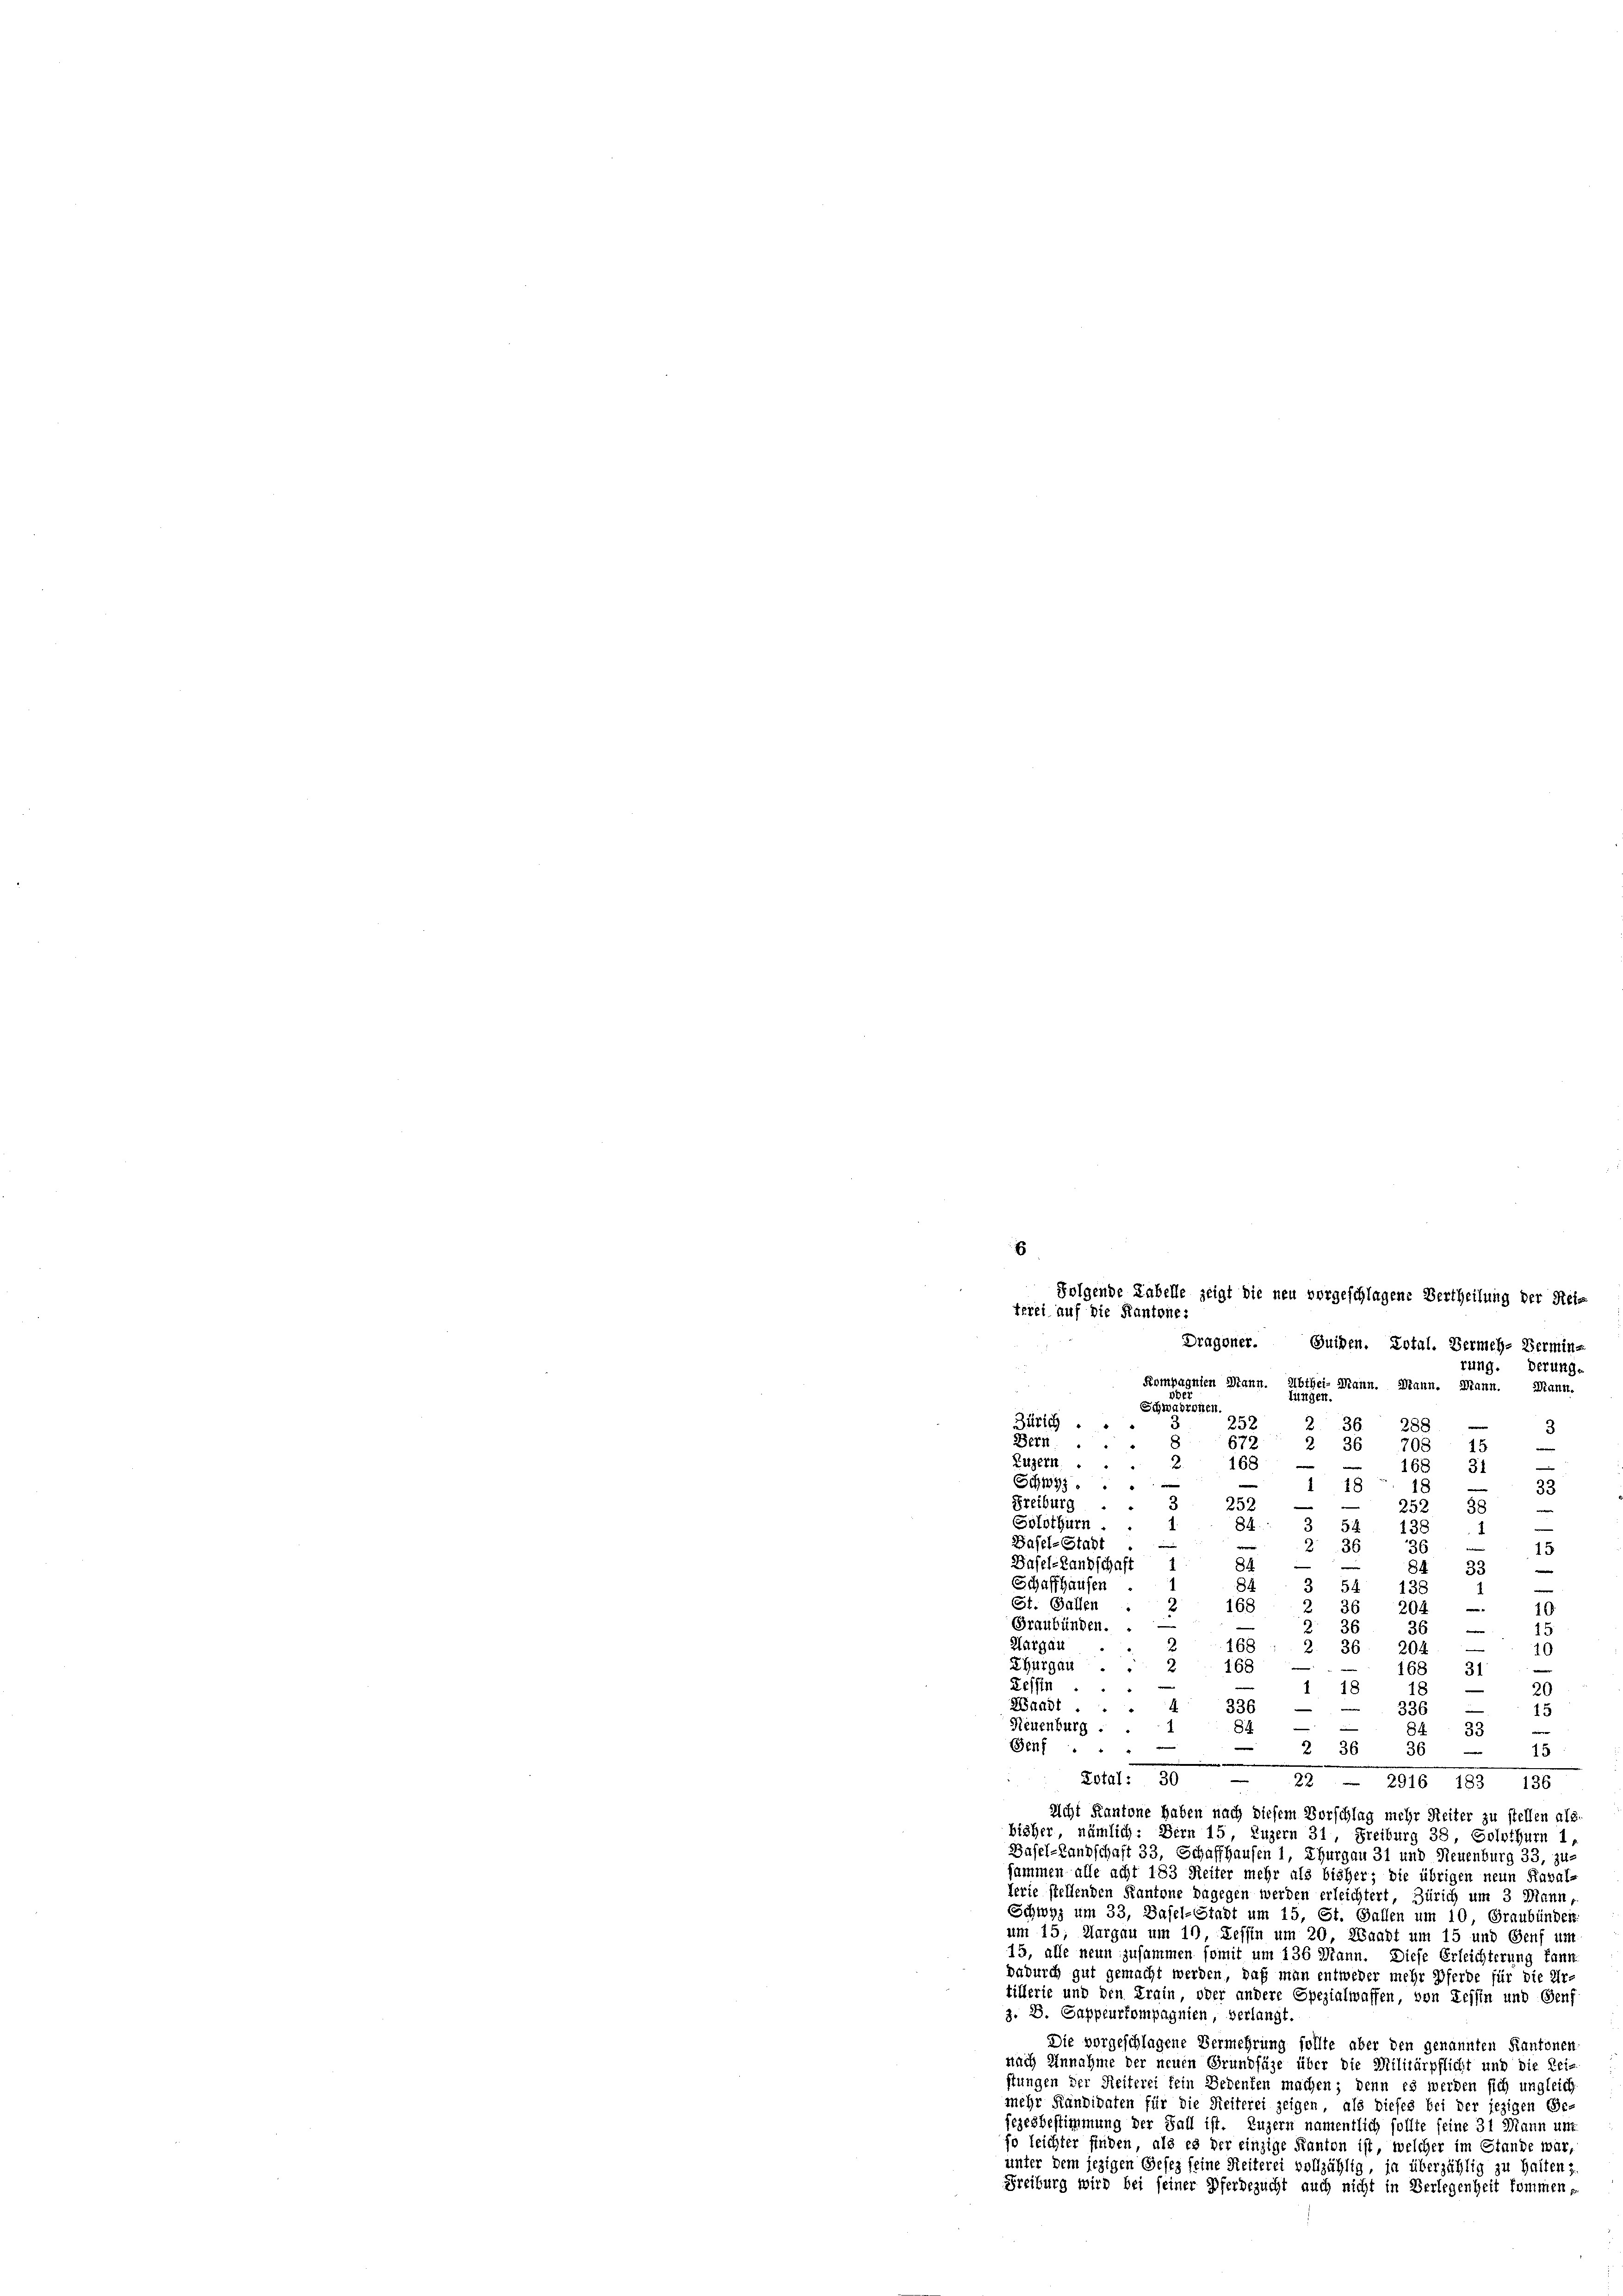
Kompagnien Mann.
bthei- Mann. Mann. Mann. Mann.
fungen.
Schwadronen.
53
236
Zürich ..
252
388
3
Bern....
672
2 36 708 15
e
Zuzern...
168
e
 168 31
1
Schwyz
n
18
18
33
252
Freiburg ..
252
38
Solothurn
84.
354. 138
.
Basel-Stadt .
36
236
15
Basel-Landschaft
84.
84 33
e
Schaffhausen
54 138
e
St. Gallen . 2 168 2 36 204 -. 10
e
Graubünden.
236
15
36
e
168
Margau
2. 36. 204
10
Thurgau 2
168
168 31
Zessin ...
18
20
Waadt
336
336
15
Neuenburg . . 1
84
84 33
Genf . . .
2 36 36 -
|
15
e
e
Zotal: 30
22 — 2916 183 136
Acht Kantone haben nach diesem Vorschlag mehr Reiter zu stellen als.
bisher, nämlich: Bern 15, Luzern 31, Freiburg 38, Solothurn 1.
Basel-Landschaft 33, Schaffhausen 1, Thurgau 31 und Neuenburg 33, zu-
sammen alle acht 183 Reiter mehr als bisher; die übrigen neun Raval-
ferie stellenden Kantone dagegen werden erleichtert, Zürich um 3 Mann,
Schwyz um 33, Basel-Stadt um 15, St. Gallen um 10 Graubünder
um 15; Aargau um 11) Tessin um 20, Waadt um 15 und Genf un
15, alle neun zusammen somit um 136 Mann. Diese Erleichterung kann
Dadurch gut gemacht werden, daß man entweder mehr Pferde für die Ur-
tillerie und den Train, oder andere Spezialwaffen, von Tessin und Genf
z. B. Sappeurkompagnien, verlangt.
Die vorgeschlagene Vermehrung sollte aber den genannten Kantonen,
nach Unnahme der neuen Grundfäge über die Militärpflicht und die Rei-
stungen der Reiterei fein Bedenten machen; denn es werden sich ungleich
mehr Kandidaten für die Reiterei zeigen, als dieses bei der jezigen Be-
sezesbestimmung der Fall ist. Luzern namentlich sollte seine 31 Mann um
so leichter finden, als es der einzige Kanton ist, welcher im Stande war,
unter dem jezigen Gesez seine Reiterei vollzählig, ja überzählig zu halten,
Freiburg wird bei seiner Pferdezucht auch nicht in Verlegenheit kommen,

s
Folgende Tabelle zeigt die neu vorgeschlagene Vertheilung der Reiterei auf die Kantone:
Dragoner. Suchen. Lotal. Vermeh- Vermine
rung. Derung-